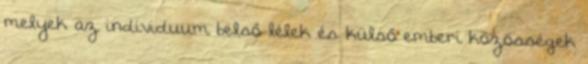
melyek az individuum belső lélek és külső emberi közösségek